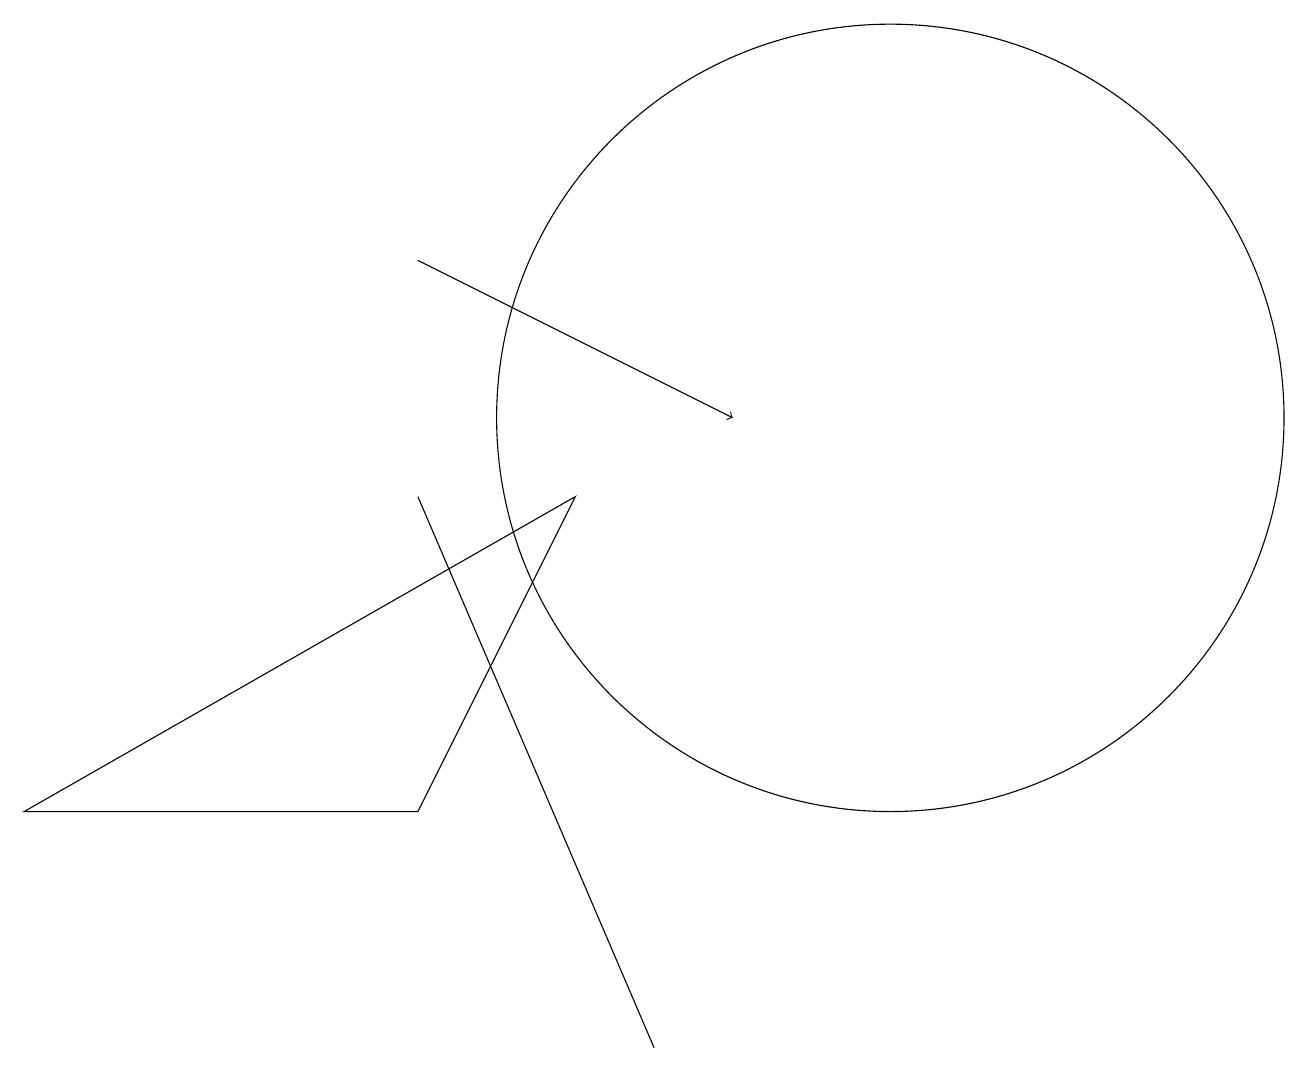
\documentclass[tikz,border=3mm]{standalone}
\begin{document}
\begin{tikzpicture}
\draw (11,10) circle (5);
\draw (10,10) circle (0);
\draw (7,9) -- (0,5) -- (5,5) -- cycle;
\draw (5,9) -- (8,2) -- (8,2) -- cycle;
\draw[->] (5,12) -- (9,10);
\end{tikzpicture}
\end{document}